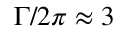
\Gamma / 2 \pi \approx 3